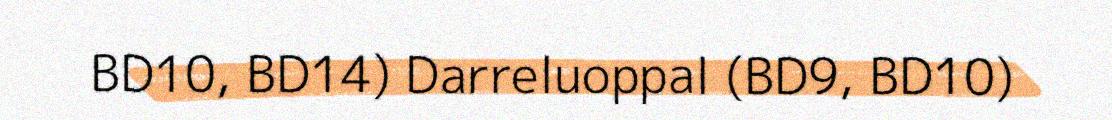
BD10, BD14) Darreluoppal (BD9, BD10)